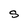
Character: S